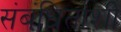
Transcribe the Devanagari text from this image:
संबंधितांशी